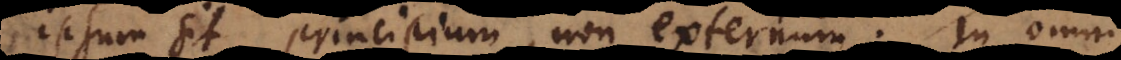
ipsum sit principium, non externum. In omni